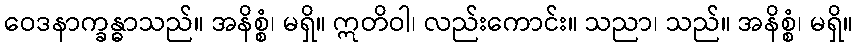
ဝေဒနာက္ခန္ဓာသည်။ အနိစ္စံ၊ မရှိ။ ဣတိဝါ၊ လည်းကောင်း။ သညာ၊ သည်။ အနိစ္စံ၊ မရှိ။